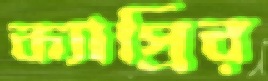
ক্যাপ্রির